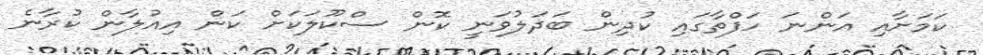
ކަމަށާއި އަންނަ ހަފްތާގައި ކުދިން ބަދަލުވަނީ ކޮން ސްކޫލަކަށް ކަން އިއުލާން ކުރާނެ